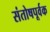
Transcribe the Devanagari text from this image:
संतोषपूर्वक